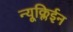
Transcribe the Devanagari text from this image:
न्यूक्लिईन